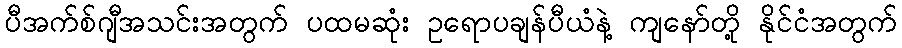
ပီအက်စ်ဂျီအသင်းအတွက် ပထမဆုံး ဥရောပချန်ပီယံနဲ့ ကျနော်တို့ နိုင်ငံအတွက်